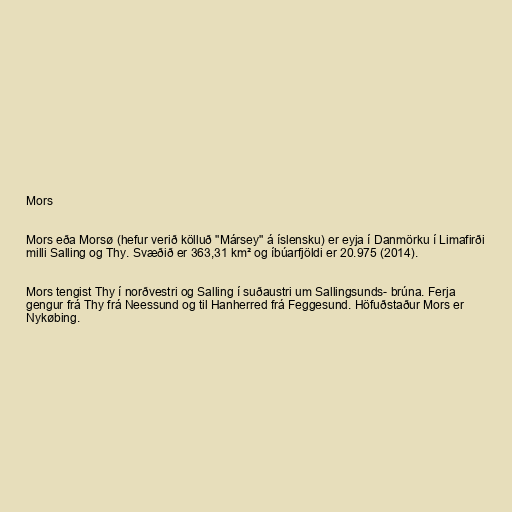
Mors

Mors eða Morsø (hefur verið kölluð "Mársey" á íslensku) er eyja í Danmörku í Limafirði
milli Salling og Thy. Svæðið er 363,31 km² og íbúarfjöldi er 20.975 (2014).

Mors tengist Thy í norðvestri og Salling í suðaustri um Sallingsunds- brúna. Ferja
gengur frá Thy frá Neessund og til Hanherred frá Feggesund. Höfuðstaður Mors er
Nykøbing.